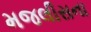
મજલીસના